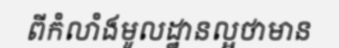
ពីកំលាំងមូលដ្ឋានល្អថាមាន